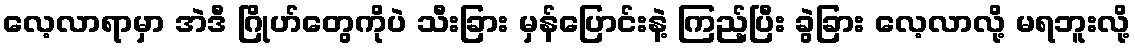
လေ့လာရာမှာ အဲဒီ ဂြိုဟ်တွေကိုပဲ သီးခြား မှန်ပြောင်းနဲ့ ကြည့်ပြီး ခွဲခြား လေ့လာလို့ မရဘူးလို့